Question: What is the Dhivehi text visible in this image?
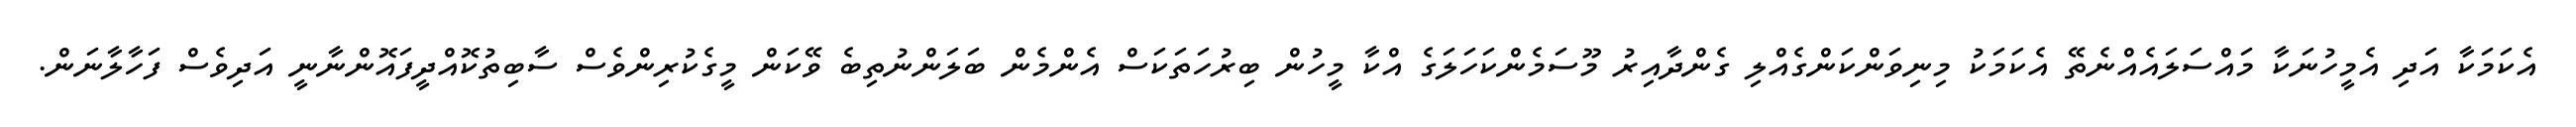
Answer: އެކަމަކާ އަދި އެމީހުނަކާ މައްސަލައެއްނެތޭ އެކަމަކު މިނިވަންކަންގެއްލި ގެންދާއިރު މޫސަމެންކަހަލަގެ އްކާ މީހުން ބިރުހަތަކަސް އެންމެން ބަލަންނުތިބެ ވޭކަން މީގެކުރިންވެސް ސާބިތުކޮއްދީފައޮންނާނީ އަދިވެސް ފަހާލާނަން.